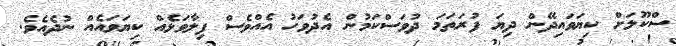
ސްކޫލަށް ކިޔަވައިދޭން ދިޔަ ފުރަތަމަ ދުވަސްކަމުން އެދުވަހު އެއްވެސް ފިލާވަޅެއް ކިޔަވައެއް ނުދެއެވެ.